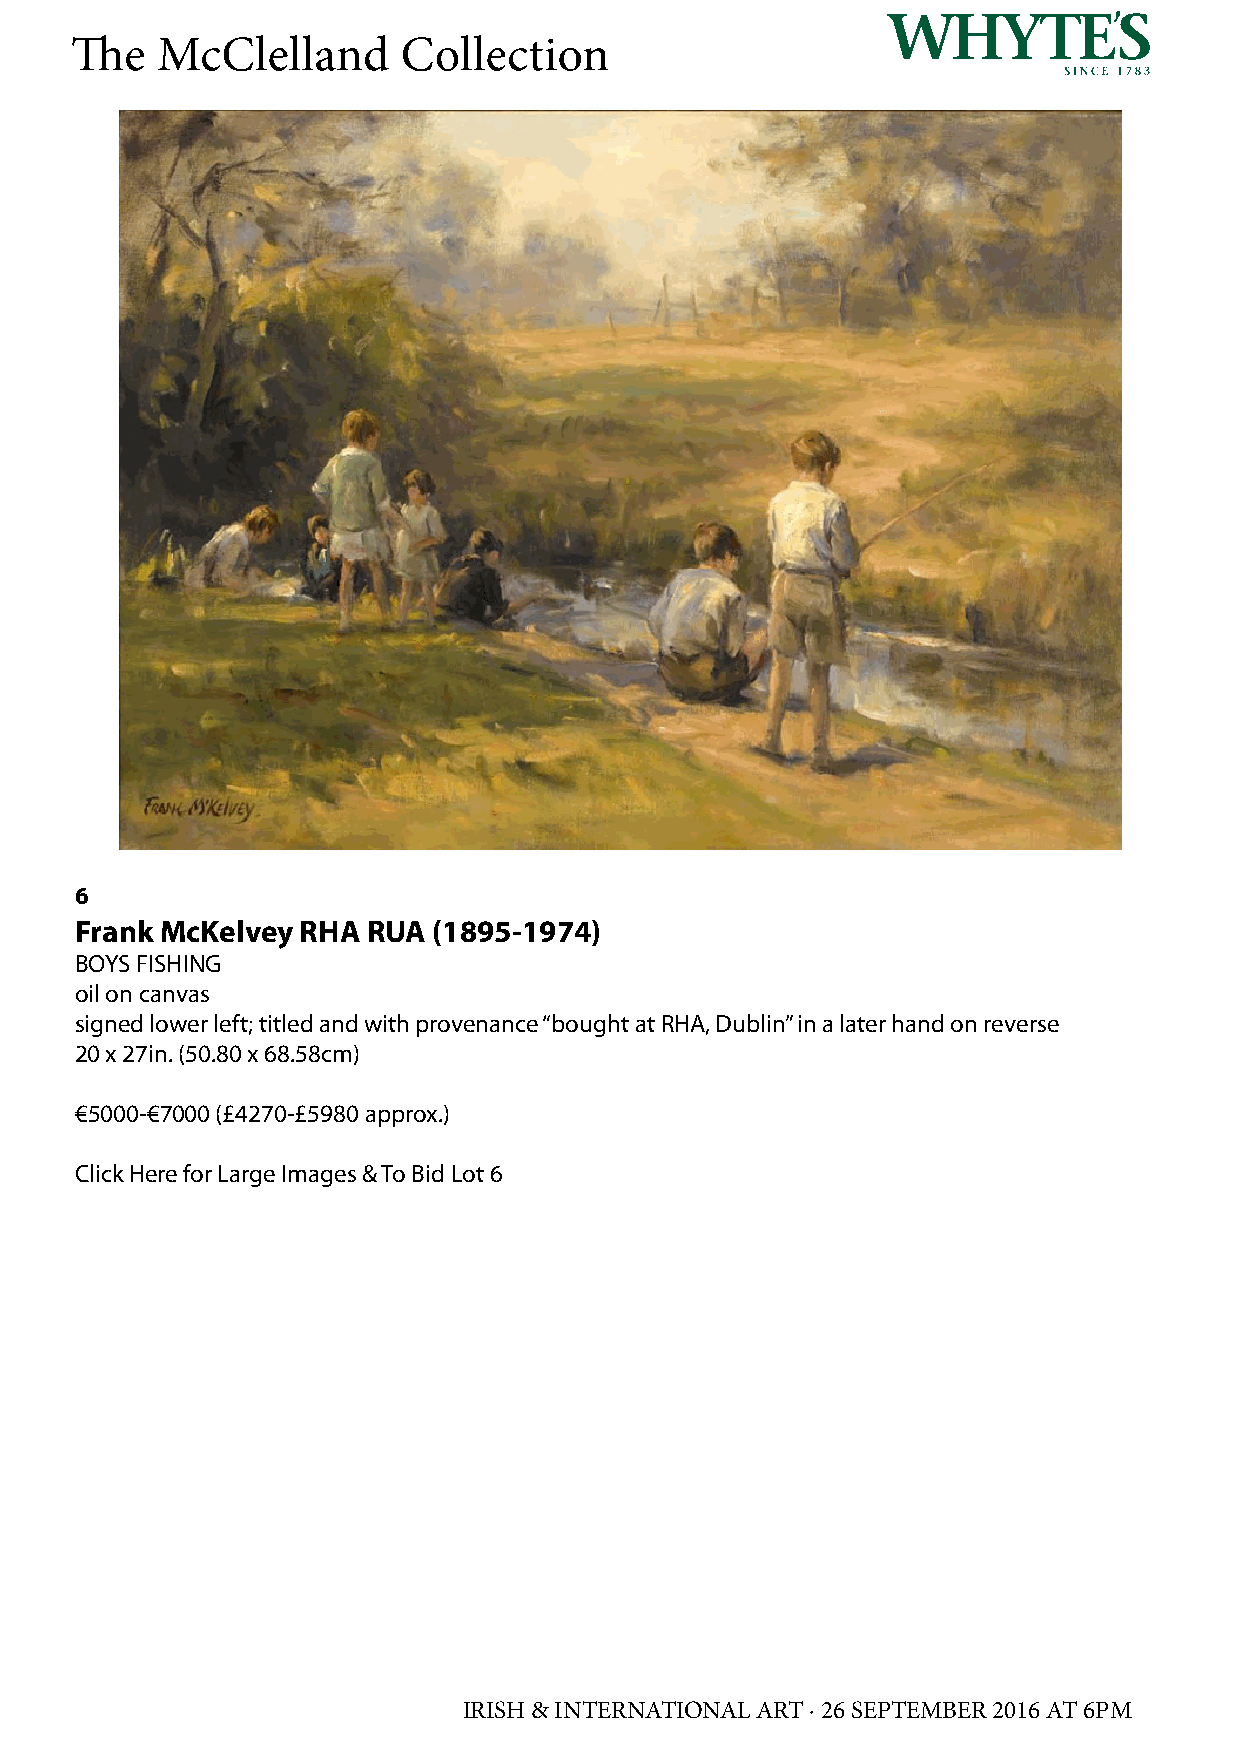
The  McClelland       Collection
 6
 Frank McKelvey RHA RUA  (1895-1974)
 BOYS FISHING
 oil on canvas
 signed lower left; titled and with provenance “bought at RHA, Dublin” in a later hand on reverse
 20 x 27in. (50.80 x 68.58cm)
 €5000-€7000 (£4270-£5980 approx.)
 Click Here for Large Images & To Bid Lot 6
 IRISH & INTERNATIONAL ART · 26 SEPTEMBER 2016 AT 6PM